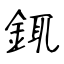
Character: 銸